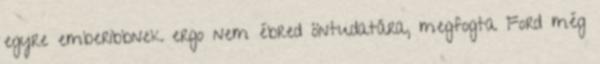
egyre emberibbnek ergo nem ébred öntudatára, megfogta Ford még